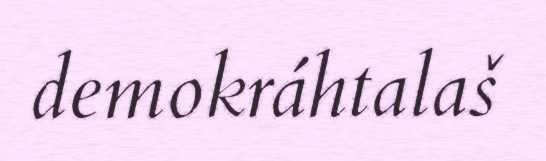
demokráhtalaš